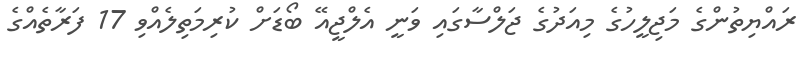
ރައްޔިތުންގެ މަޖިލީހުގެ މިއަދުގެ ޖަލްސާގައި ވަނީ އެލްޖީއޭ ބޯޑަށް ކުރިމަތިލެއްވި 17 ފަރާތެއްގެ